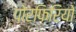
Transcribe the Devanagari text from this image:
पोरफिरियो